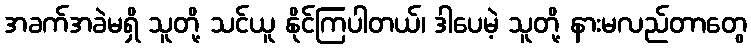
အခက်အခဲမရှိ သူတို့ သင်ယူ နိုင်ကြပါတယ်၊ ဒါပေမဲ့ သူတို့ နားမလည်တာတွေ